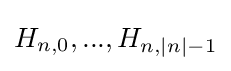
H_{n,0},...,H_{n,|n|-1}